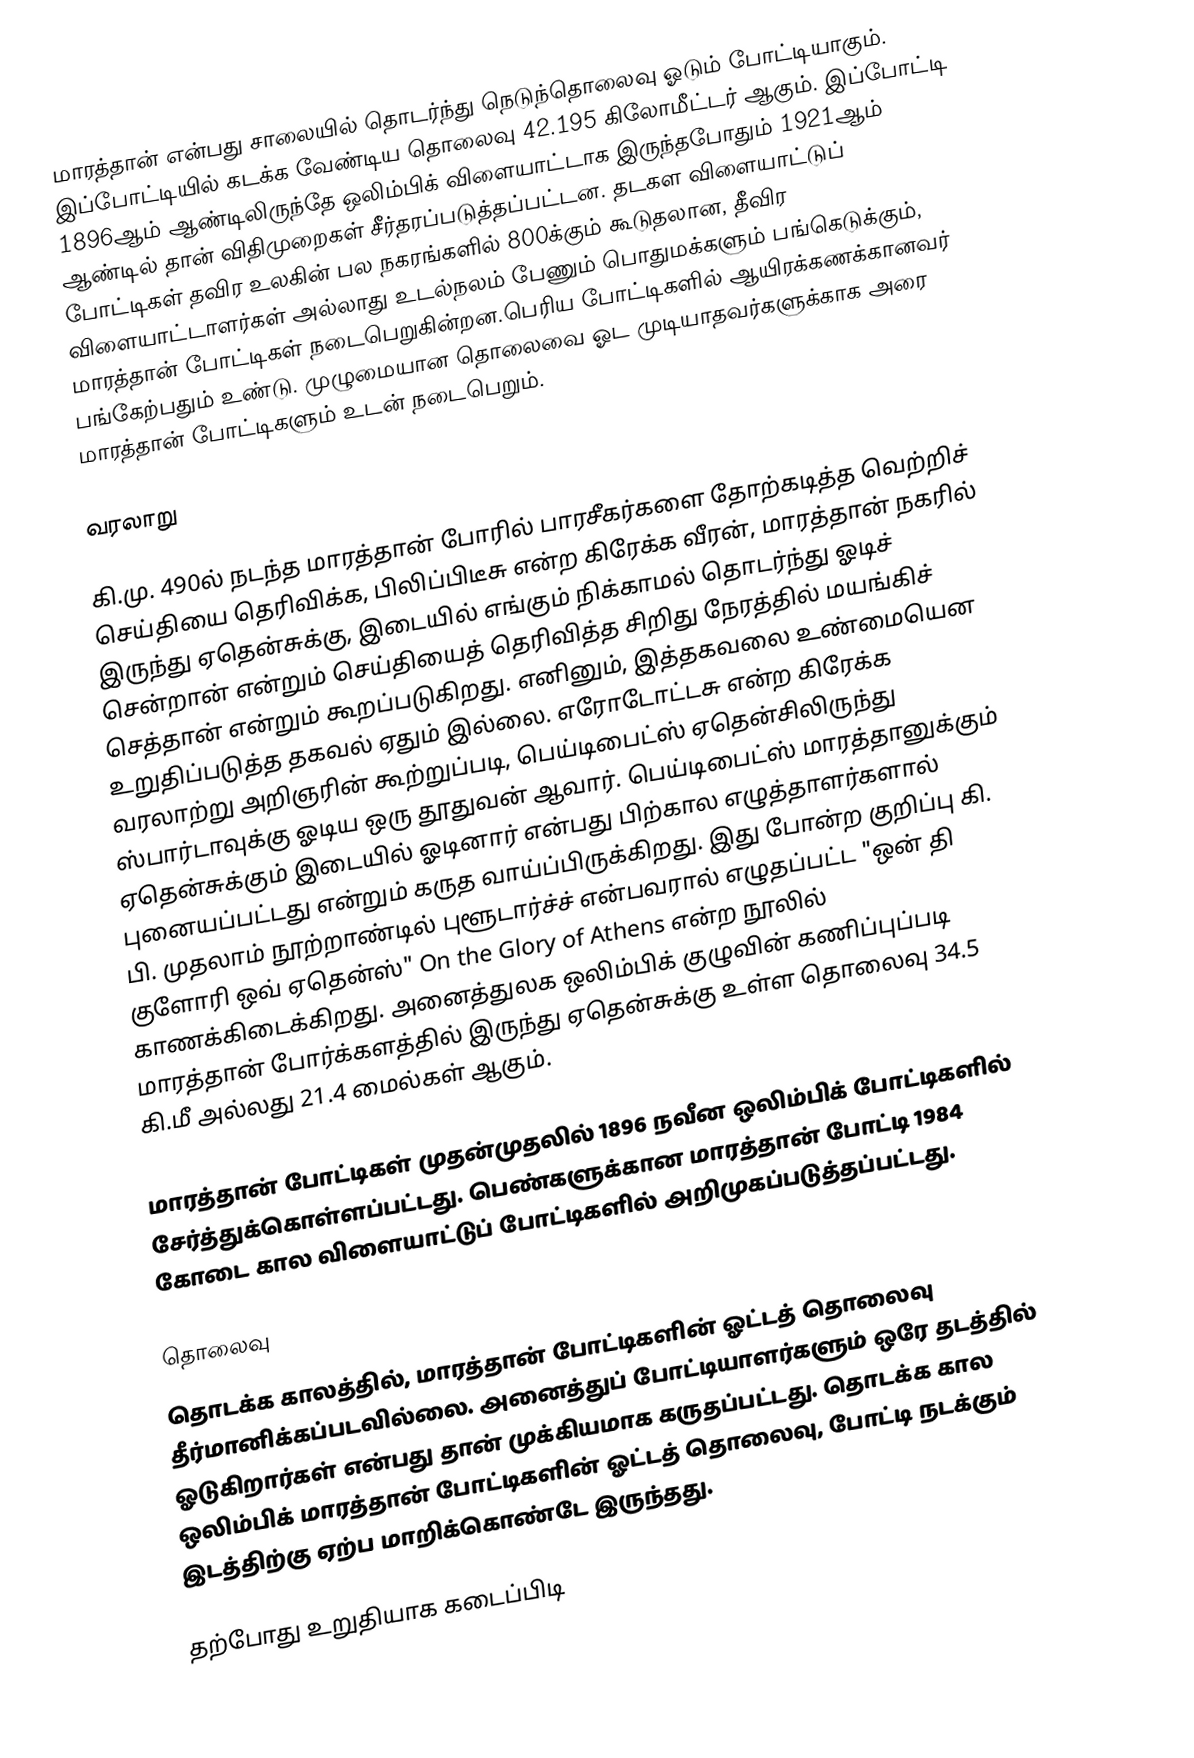
மாரத்தான் என்பது சாலையில் தொடர்ந்து நெடுந்தொலைவு ஓடும் போட்டியாகும். இப்போட்டியில் கடக்க வேண்டிய தொலைவு 42.195 கிலோமீட்டர் ஆகும்.  இப்போட்டி 1896ஆம் ஆண்டிலிருந்தே ஒலிம்பிக் விளையாட்டாக இருந்தபோதும் 1921ஆம் ஆண்டில் தான் விதிமுறைகள் சீர்தரப்படுத்தப்பட்டன. தடகள விளையாட்டுப் போட்டிகள் தவிர உலகின் பல நகரங்களில் 800க்கும் கூடுதலான, தீவிர விளையாட்டாளர்கள் அல்லாது உடல்நலம் பேணும் பொதுமக்களும் பங்கெடுக்கும், மாரத்தான் போட்டிகள் நடைபெறுகின்றன.பெரிய போட்டிகளில் ஆயிரக்கணக்கானவர் பங்கேற்பதும் உண்டு. முழுமையான தொலைவை ஓட முடியாதவர்களுக்காக அரை மாரத்தான் போட்டிகளும் உடன் நடைபெறும்.

வரலாறு

கி.மு. 490ல் நடந்த மாரத்தான் போரில் பாரசீகர்களை தோற்கடித்த வெற்றிச் செய்தியை தெரிவிக்க, பிலிப்பிடீசு என்ற கிரேக்க வீரன், மாரத்தான் நகரில் இருந்து ஏதென்சுக்கு, இடையில் எங்கும் நிக்காமல் தொடர்ந்து ஓடிச் சென்றான் என்றும் செய்தியைத் தெரிவித்த சிறிது நேரத்தில் மயங்கிச் செத்தான் என்றும் கூறப்படுகிறது. எனினும், இத்தகவலை உண்மையென உறுதிப்படுத்த தகவல் ஏதும் இல்லை. எரோடோட்டசு என்ற கிரேக்க வரலாற்று அறிஞரின் கூற்றுப்படி, பெய்டிபைட்ஸ் ஏதென்சிலிருந்து ஸ்பார்டாவுக்கு ஓடிய ஒரு தூதுவன் ஆவார். பெய்டிபைட்ஸ் மாரத்தானுக்கும் ஏதென்சுக்கும் இடையில் ஓடினார் என்பது பிற்கால எழுத்தாளர்களால் புனையப்பட்டது என்றும் கருத வாய்ப்பிருக்கிறது. இது போன்ற குறிப்பு கி. பி. முதலாம் நூற்றாண்டில் புளூடார்ச்ச் என்பவரால் எழுதப்பட்ட  "ஒன் தி குளோரி ஒவ் ஏதென்ஸ்" On the Glory of Athens என்ற நூலில் காணக்கிடைக்கிறது. அனைத்துலக ஒலிம்பிக் குழுவின் கணிப்புப்படி மாரத்தான் போர்க்களத்தில் இருந்து ஏதென்சுக்கு உள்ள தொலைவு 34.5 கி.மீ அல்லது 21.4 மைல்கள் ஆகும்.

மாரத்தான் போட்டிகள் முதன்முதலில் 1896 நவீன ஒலிம்பிக் போட்டிகளில் சேர்த்துக்கொள்ளப்பட்டது. பெண்களுக்கான மாரத்தான் போட்டி 1984 கோடை கால விளையாட்டுப் போட்டிகளில் அறிமுகப்படுத்தப்பட்டது.

தொலைவு
தொடக்க காலத்தில், மாரத்தான் போட்டிகளின் ஓட்டத் தொலைவு தீர்மானிக்கப்படவில்லை. அனைத்துப் போட்டியாளர்களும் ஒரே தடத்தில் ஓடுகிறார்கள் என்பது தான் முக்கியமாக கருதப்பட்டது. தொடக்க கால ஒலிம்பிக் மாரத்தான் போட்டிகளின் ஓட்டத் தொலைவு, போட்டி நடக்கும் இடத்திற்கு ஏற்ப மாறிக்கொண்டே இருந்தது.

தற்போது உறுதியாக கடைப்பிடி